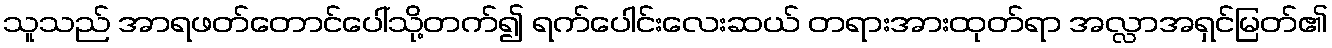
သူသည် အာရဖတ်တောင်ပေါ်သို့တက်၍ ရက်ပေါင်းလေးဆယ် တရားအားထုတ်ရာ အလ္လာအရှင်မြတ်၏